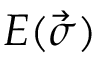
E ( \vec { \sigma } )